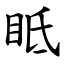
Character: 眡